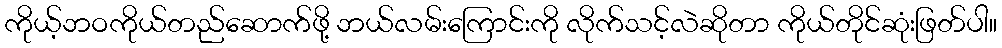
ကိုယ့်ဘဝကိုယ်တည်ဆောက်ဖို့ ဘယ်လမ်းကြောင်းကို လိုက်သင့်လဲဆိုတာ ကိုယ်တိုင်ဆုံးဖြတ်ပါ။